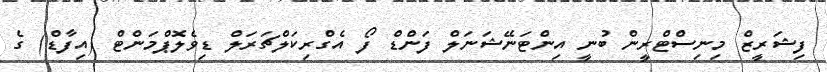
ފިޝަރީޒް މިނިސްޓްރީން ބުނީ އިންޓަނޭޝަނަލް ފަންޑް ފޯ އެގްރިކަލްޗަރަލް ޑިވެލޮޕްމަންޓް (އިފާޑް) ގެ